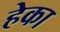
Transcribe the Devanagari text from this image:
हेका